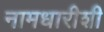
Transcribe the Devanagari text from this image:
नामधारीशी